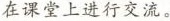
在课堂上进行交流。